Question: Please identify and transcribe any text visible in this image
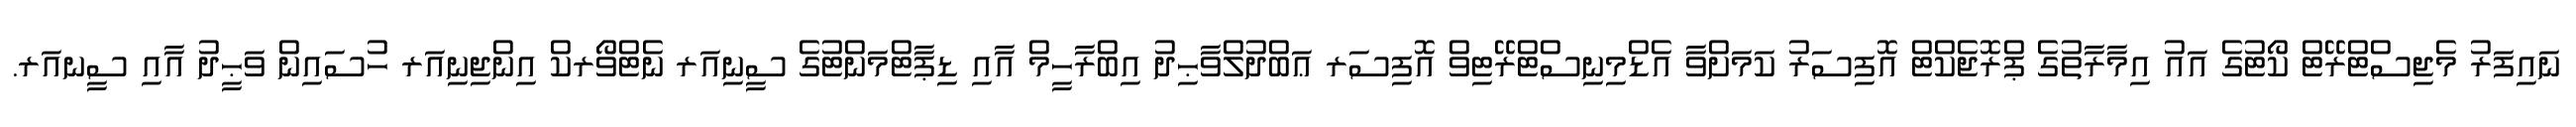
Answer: ނައިފަރު މެޖިސްޓްރޭޓް ކޯޓުގެ އައު އިމާރާތުގެ ޕްރޮޖެކްޓް އޮފިސަރު ކަމަށްވާ އެޑްމިނިސްޓްރޭޓިވް އޮފިސަރ ޢަބްދުލްވާޙިދު އިބްރާހީމް އާއި ޑިޕާޓްމަންޓުގެ ސީނިއަރ ނެޓްވޯރކް އިންޖިނިއަރ ހުސައިން ވަޙީދު އާއި ސީނއަރ.